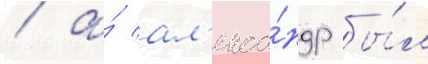
/ а́ ал'екса́ндр бы́л